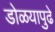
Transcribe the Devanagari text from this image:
डोळयापुढे